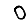
Digit: 0